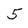
Character: 5